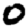
Digit: 0